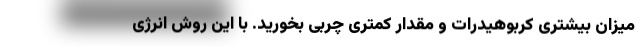
میزان بیشتری کربوهیدرات و مقدار کمتری چربی بخورید. با این روش انرژی